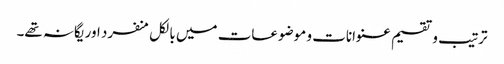
ترتیب و تقسیم عنوانات و موضوعات میں بالکل منفرد اور یگانہ تھے۔